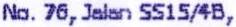
NO. 76, JALAN SS15/4B,